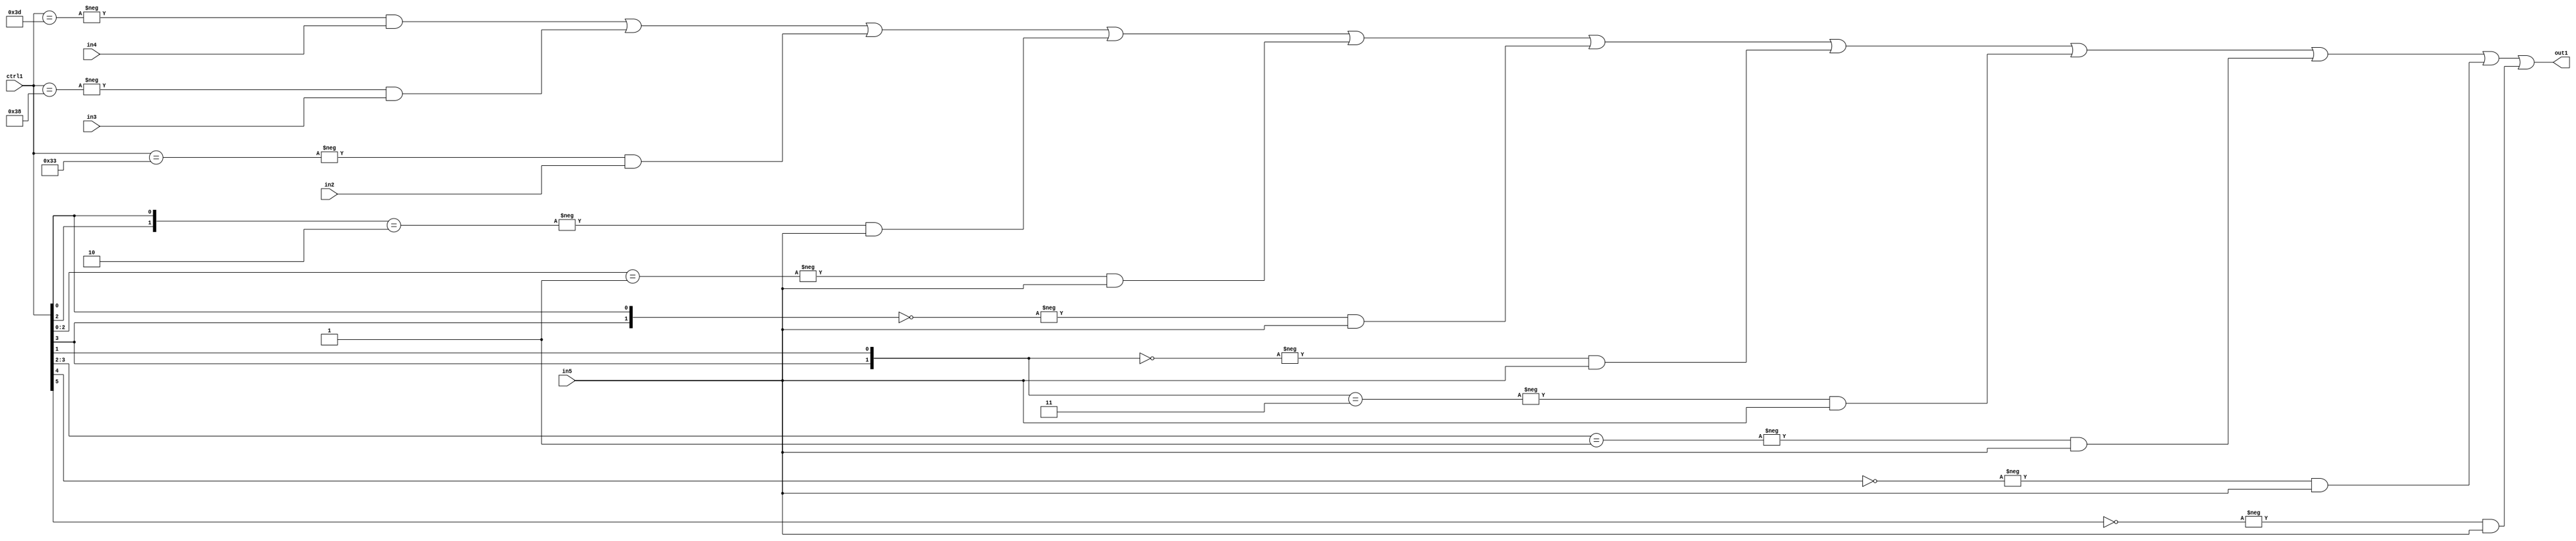
`timescale 1ps / 1ps
/*****************************************************************************
    Verilog RTL Description
    
    
    Created by: Stratus DpOpt 21.05.01 
*******************************************************************************/

module SobelFilter_N_Mux_32_4_35_1 (
	in5,
	in4,
	in3,
	in2,
	ctrl1,
	out1
	); /* architecture "behavioural" */ 
input [31:0] in5;
input [8:0] in4,
	in3,
	in2;
input [5:0] ctrl1;
output [31:0] out1;
wire [31:0] asc001;

assign asc001 = 
	-{ctrl1 == 6'B111101} & in4 |
	-{ctrl1 == 6'B111000} & in3 |
	-{ctrl1 == 6'B110011} & in2 |
	-{{ctrl1[2], ctrl1[0]} == 2'B10} & in5 |
	-{ctrl1[2:0] == 3'B001} & in5 |
	-{{ctrl1[3], ctrl1[0]} == 2'B00} & in5 |
	-{{ctrl1[3], ctrl1[1]} == 2'B00} & in5 |
	-{{ctrl1[3], ctrl1[1]} == 2'B11} & in5 |
	-{ctrl1[3:2] == 2'B01} & in5 |
	-{ctrl1[4] == 1'B0} & in5 |
	-{ctrl1[5] == 1'B0} & in5 ;

assign out1 = asc001;
endmodule

/* CADENCE  vbH2Sws= : u9/ySxbfrwZIxEzHVQQV8Q== ** DO NOT EDIT THIS LINE ******/